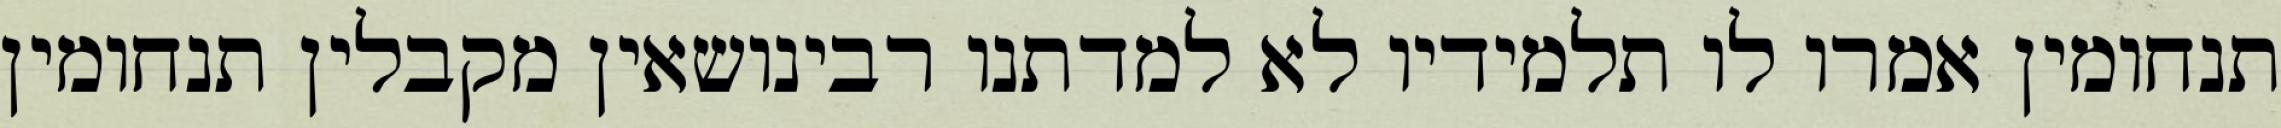
תנחומין אמרו לו תלמידיו לא למדתנו רבינושאין מקבלין תנחומין